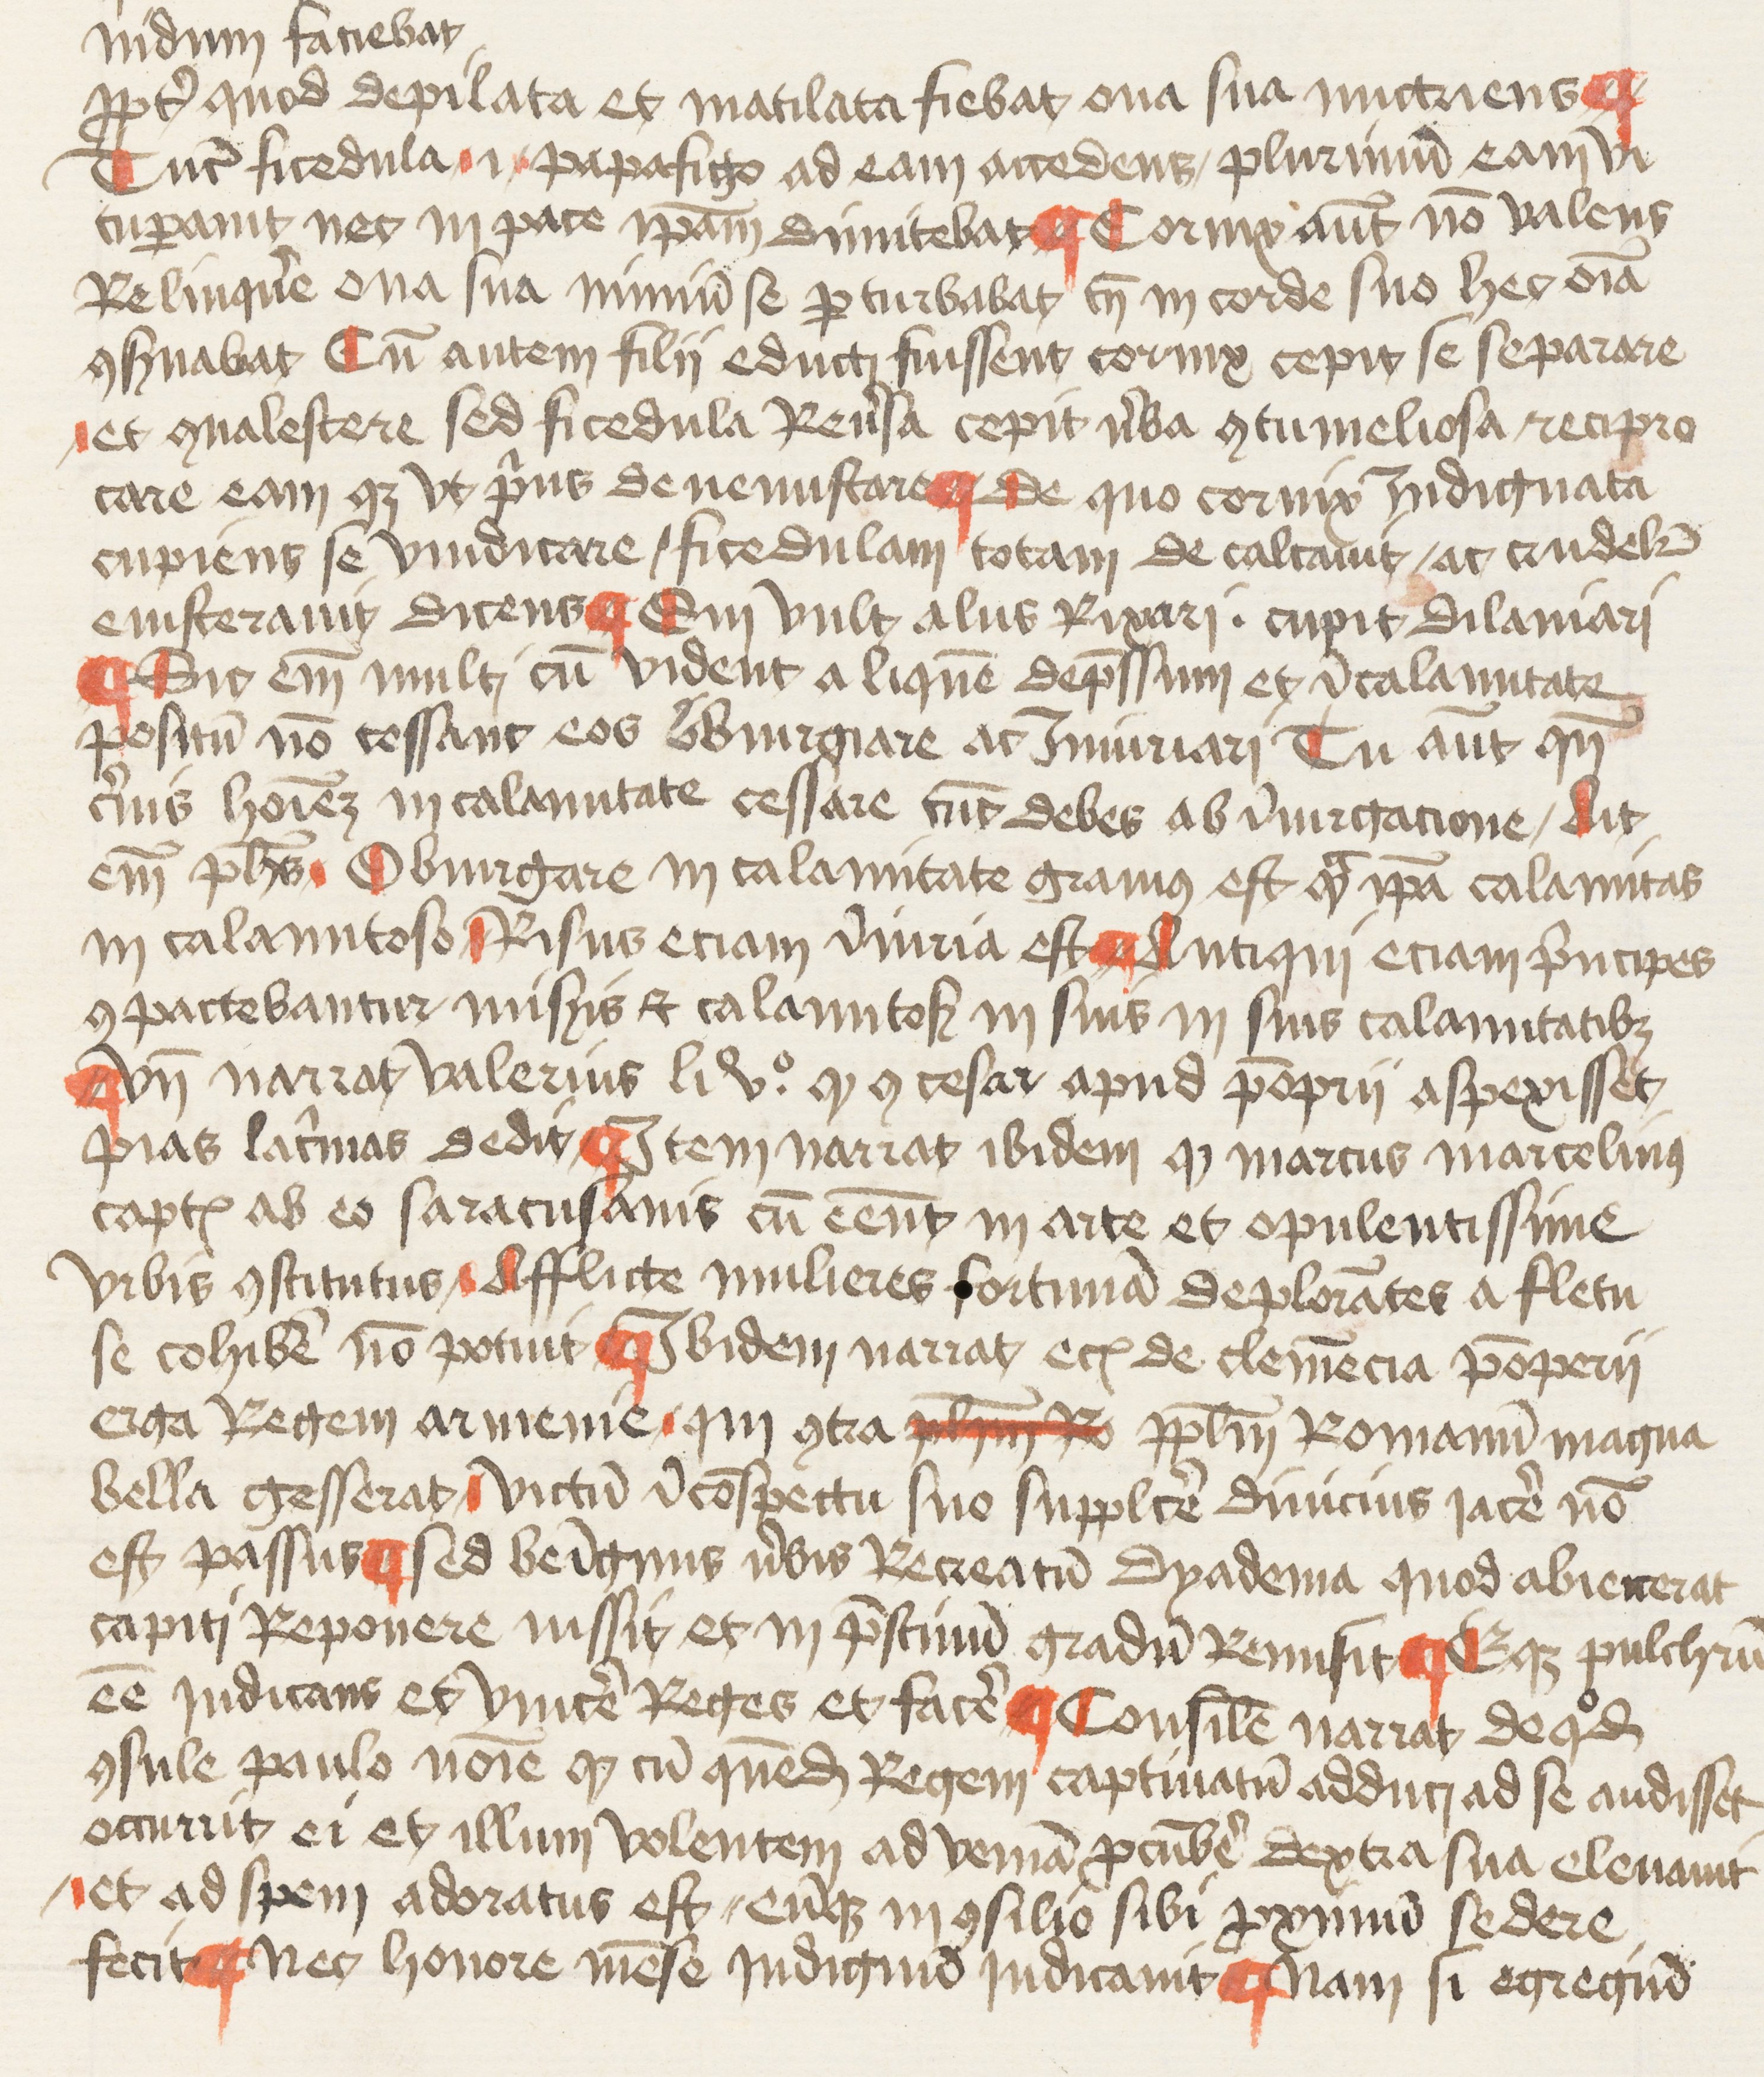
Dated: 1455–1455